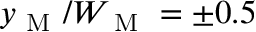
y _ { \mathrm { ~ M ~ } } / W _ { \mathrm { ~ M ~ } } = \pm 0 . 5